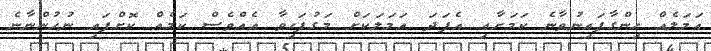
އަމަލެއް ހިންގާފައިނުވާނެ ކަމަށާއި އެފަދަ އަމަލަކަށް މަގުފަހިވާ އެއްވެސް ކަމެއް ކޮށްފައި ނުހުންނާނެ